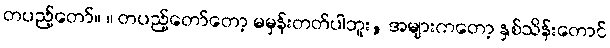
တပည့်တော်။ ။ တပည့်တော်တော့ မမှန်းတတ်ပါဘူး, အများကတော့ နှစ်သိန်းတောင်